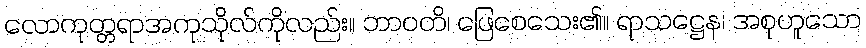
လောကုတ္တရာအကုသိုလ်ကိုလည်း။ ဘာဝတိ၊ ဖြေစေသေး၏။ ရာသဋ္ဌေန၊ အစုဟူသော